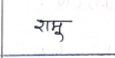
मजकूर: रामू